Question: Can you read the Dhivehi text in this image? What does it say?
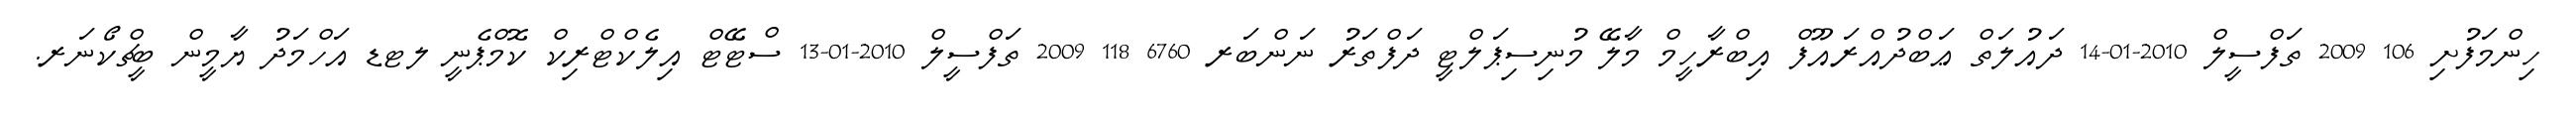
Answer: ހިންމަފުށި 106 2009 ތަފްސީލް 2010-01-14 ދައުލަތް ޢަބްދުއްރައޫފް އިބްރާހީމް މާލޭ މުނިސިޕަލްޓީ ދަފްތަރު ނަންބަރ 6760 118 2009 ތަފްސީލް 2010-01-13 ސްޓޭޓް އިލެކްޓްރިކް ކޮމްޕެނީ ލޓޑ އަހްމަދު ޔާމީން ބީޗްކޯނަރ.